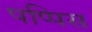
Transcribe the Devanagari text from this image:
पप्पिस